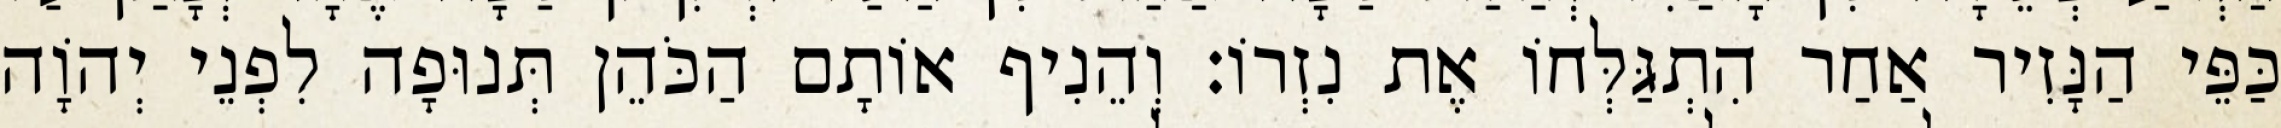
כַּפֵּי הַנָּזִיר אַחַר הִתְגַּלְּחוֹ אֶת נִזְרוֹ׃ וְהֵנִיף אוֹתָם הַכֹּהֵן תְּנוּפָה לִפְנֵי יְהוָֹה